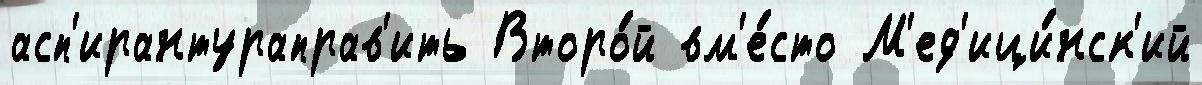
асп'ирантураправ'ить Второ́й вм'е́сто М'ед'ици́нск'ий